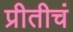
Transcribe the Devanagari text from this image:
प्रीतीचं